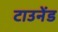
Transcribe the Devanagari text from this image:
टाउनेंड